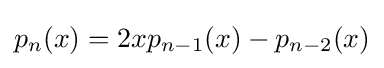
p_{n}(x)=2xp_{n-1}(x)-p_{n-2}(x)